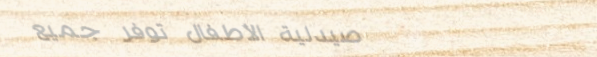
صيدلية الأطفال توفر جميع